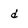
Character: d